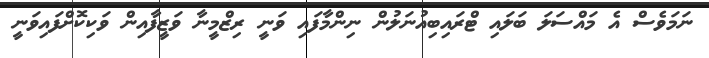
ނަމަވެސް އެ މައްސަލަ ބަލައި ޓްރައިބިއުނަލުން ނިންމާފައި ވަނީ ރިޒްމީނާ ވަޒީފާއިން ވަކިކޮށްފައިވަނީ